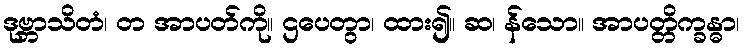
ဒုဗ္ဘာသိတံ၊ တ အာပတ်ကို။ ဌပေတွာ၊ ထား၍။ ဆ၊ န်သော။ အာပတ္တိက္ခန္ဓာ၊